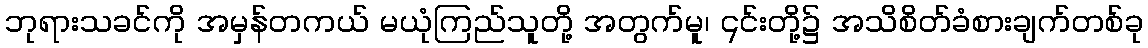
ဘုရားသခင်ကို အမှန်တကယ် မယုံကြည်သူတို့ အတွက်မူ၊ ၎င်းတို့၌ အသိစိတ်ခံစားချက်တစ်ခု